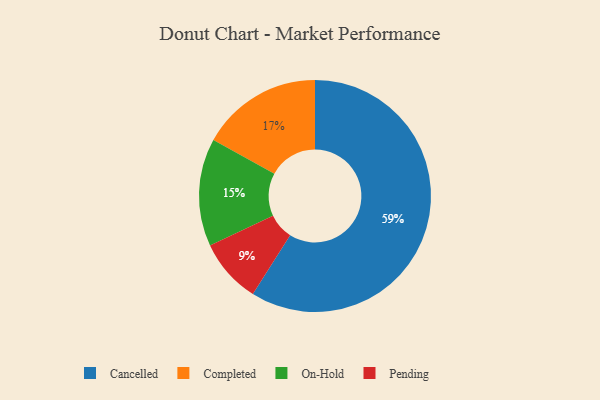
{"axis": {"x": "Category", "y": "Percentage"}, "legend": ["Cancelled", "Completed", "On-Hold", "Pending"], "data": [{"x": "Completed", "y": 17, "type": "Completed"}, {"x": "Pending", "y": 9, "type": "Pending"}, {"x": "Cancelled", "y": 59, "type": "Cancelled"}, {"x": "On-Hold", "y": 15, "type": "On-Hold"}]}